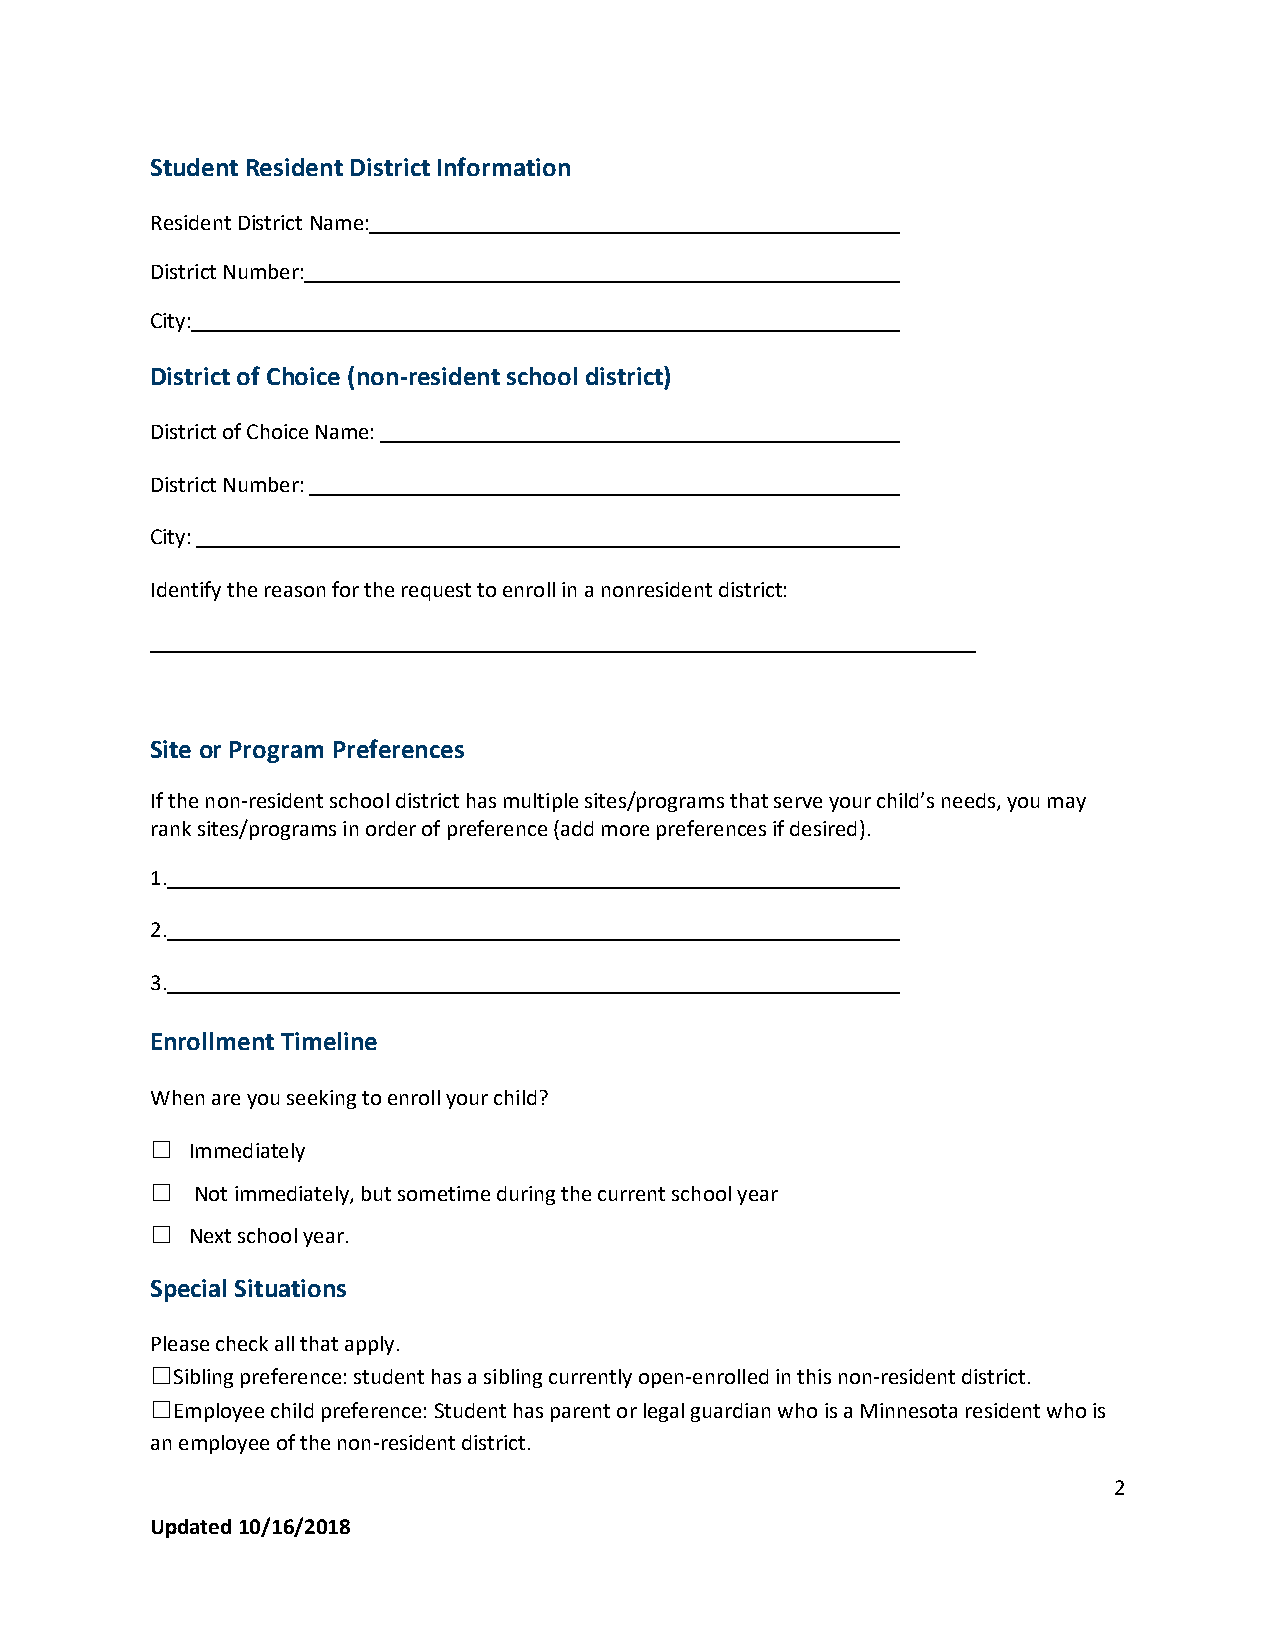
Student Resident District Information
 Resident District Name:
 District Number:
 City:
 District of Choice (non-resident school district)
 District of Choice Name:
 District Number:
 City:
 Identify the reason for the request to enroll in a nonresident district:
 Site or Program Preferences
 If the non-resident school district has multiple sites/programs that serve your child’s needs, you may
 rank sites/programs in order of preference (add more preferences if desired).
 1.
 2.
 3.
 Enrollment Timeline
 When are you seeking to enroll your child?
 ☐ Immediately
 ☐  Not immediately, but sometime during the current school year
 ☐ Next school year.
 Special Situations
 Please check all that apply.
 ☐Sibling preference: student has a sibling currently open-enrolled in this non-resident district.
 ☐Employee child preference: Student has parent or legal guardian who is a Minnesota resident who is
 an employee of the non-resident district.
 2
 Updated 10/16/2018